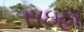
સઇહા